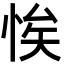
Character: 𢚝